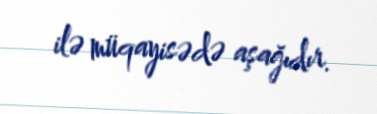
ilə müqayisədə aşağıdır.